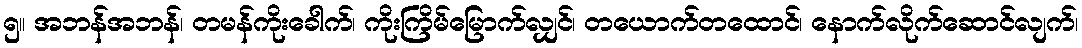
၅။ အဘန်အဘန်၊ တမန်ကိုးခေါက်၊ ကိုးကြိမ်မြောက်လျှင်၊ တယောက်တထောင်၊ နောက်လိုက်ဆောင်လျက်၊